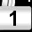
Digit: 1